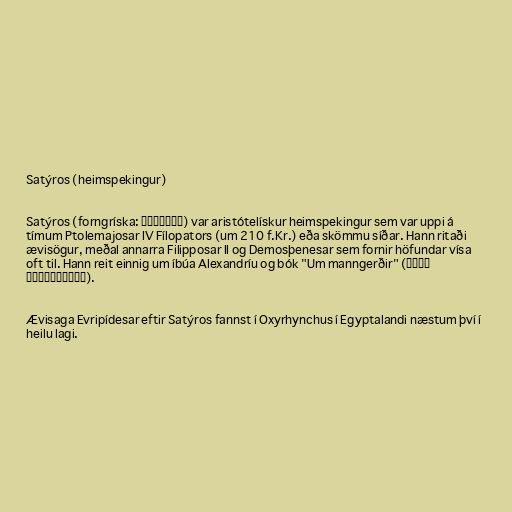
Satýros (heimspekingur)

Satýros (forngríska: Σάτυρος) var aristótelískur heimspekingur sem var uppi á
tímum Ptolemajosar IV Fílopators (um 210 f.Kr.) eða skömmu síðar. Hann ritaði
ævisögur, meðal annarra Filipposar II og Demosþenesar sem fornir höfundar vísa
oft til. Hann reit einnig um íbúa Alexandríu og bók "Um manngerðir" (Περὶ
χαρακτήρων).

Ævisaga Evripídesar eftir Satýros fannst í Oxyrhynchus í Egyptalandi næstum því í
heilu lagi.